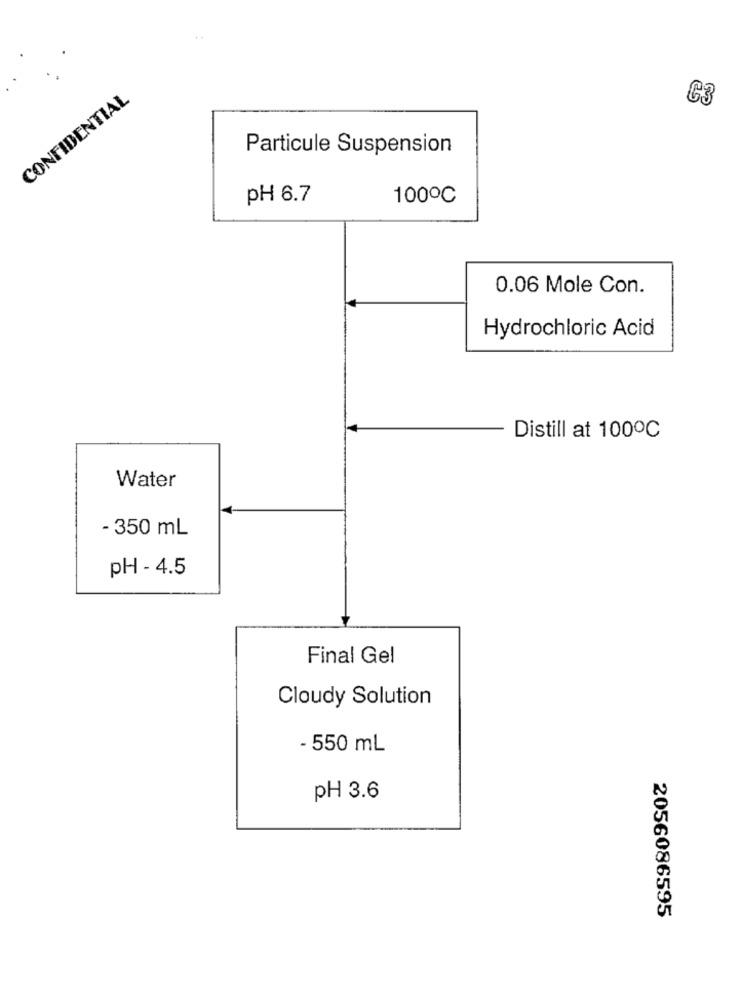
CONFIDENTIAL
C3
Particule Suspension
PH 6.7
1000℃
0.06 Mole Con.
Hydrochloric Acid
Distill at 1000℃
Water
- 350 mL
pH - 4.5
Final Gel
Cloudy Solution
- 550 mL
pH 3.6
2056086595